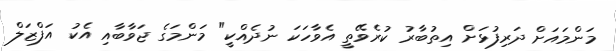
މަންމައަށް ދަރިފުޅަށް އިތުބާރު ކުރެވޭތީ އެވާހަކަ ނުދެއްކީ" މަންމަގެ ޖަވާބާއި އެކު އަފްޒަލް